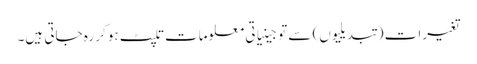
تغیرات (تبدیلیوں) سے تو جینیاتی معلومات تلپٹ ہوکر رہ جاتی ہیں۔